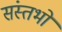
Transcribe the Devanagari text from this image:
संस्तभों